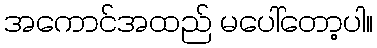
အကောင်အထည် မပေါ်တော့ပါ။